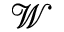
\mathcal { W }